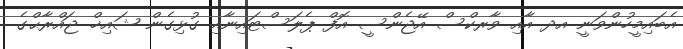
އެބައިމީހުންވަނީ އދ އާއި ވާރކްސް އޭޖެންސީ އޮފް ޕެލަސްޓައިނާއި ގުޅިގެން ޝައިޚް ޖައްރާޙްގެ